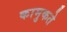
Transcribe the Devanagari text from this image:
कामुकते